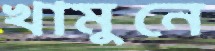
খামুনে